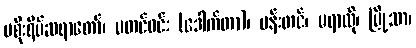
မစိုးရိမ်ဆရာတော်၊ မတင်ဝင်း (ဒေါက်တာ)၊ မန်းတင်၊ မရာထို၊ မြို့သာ၊